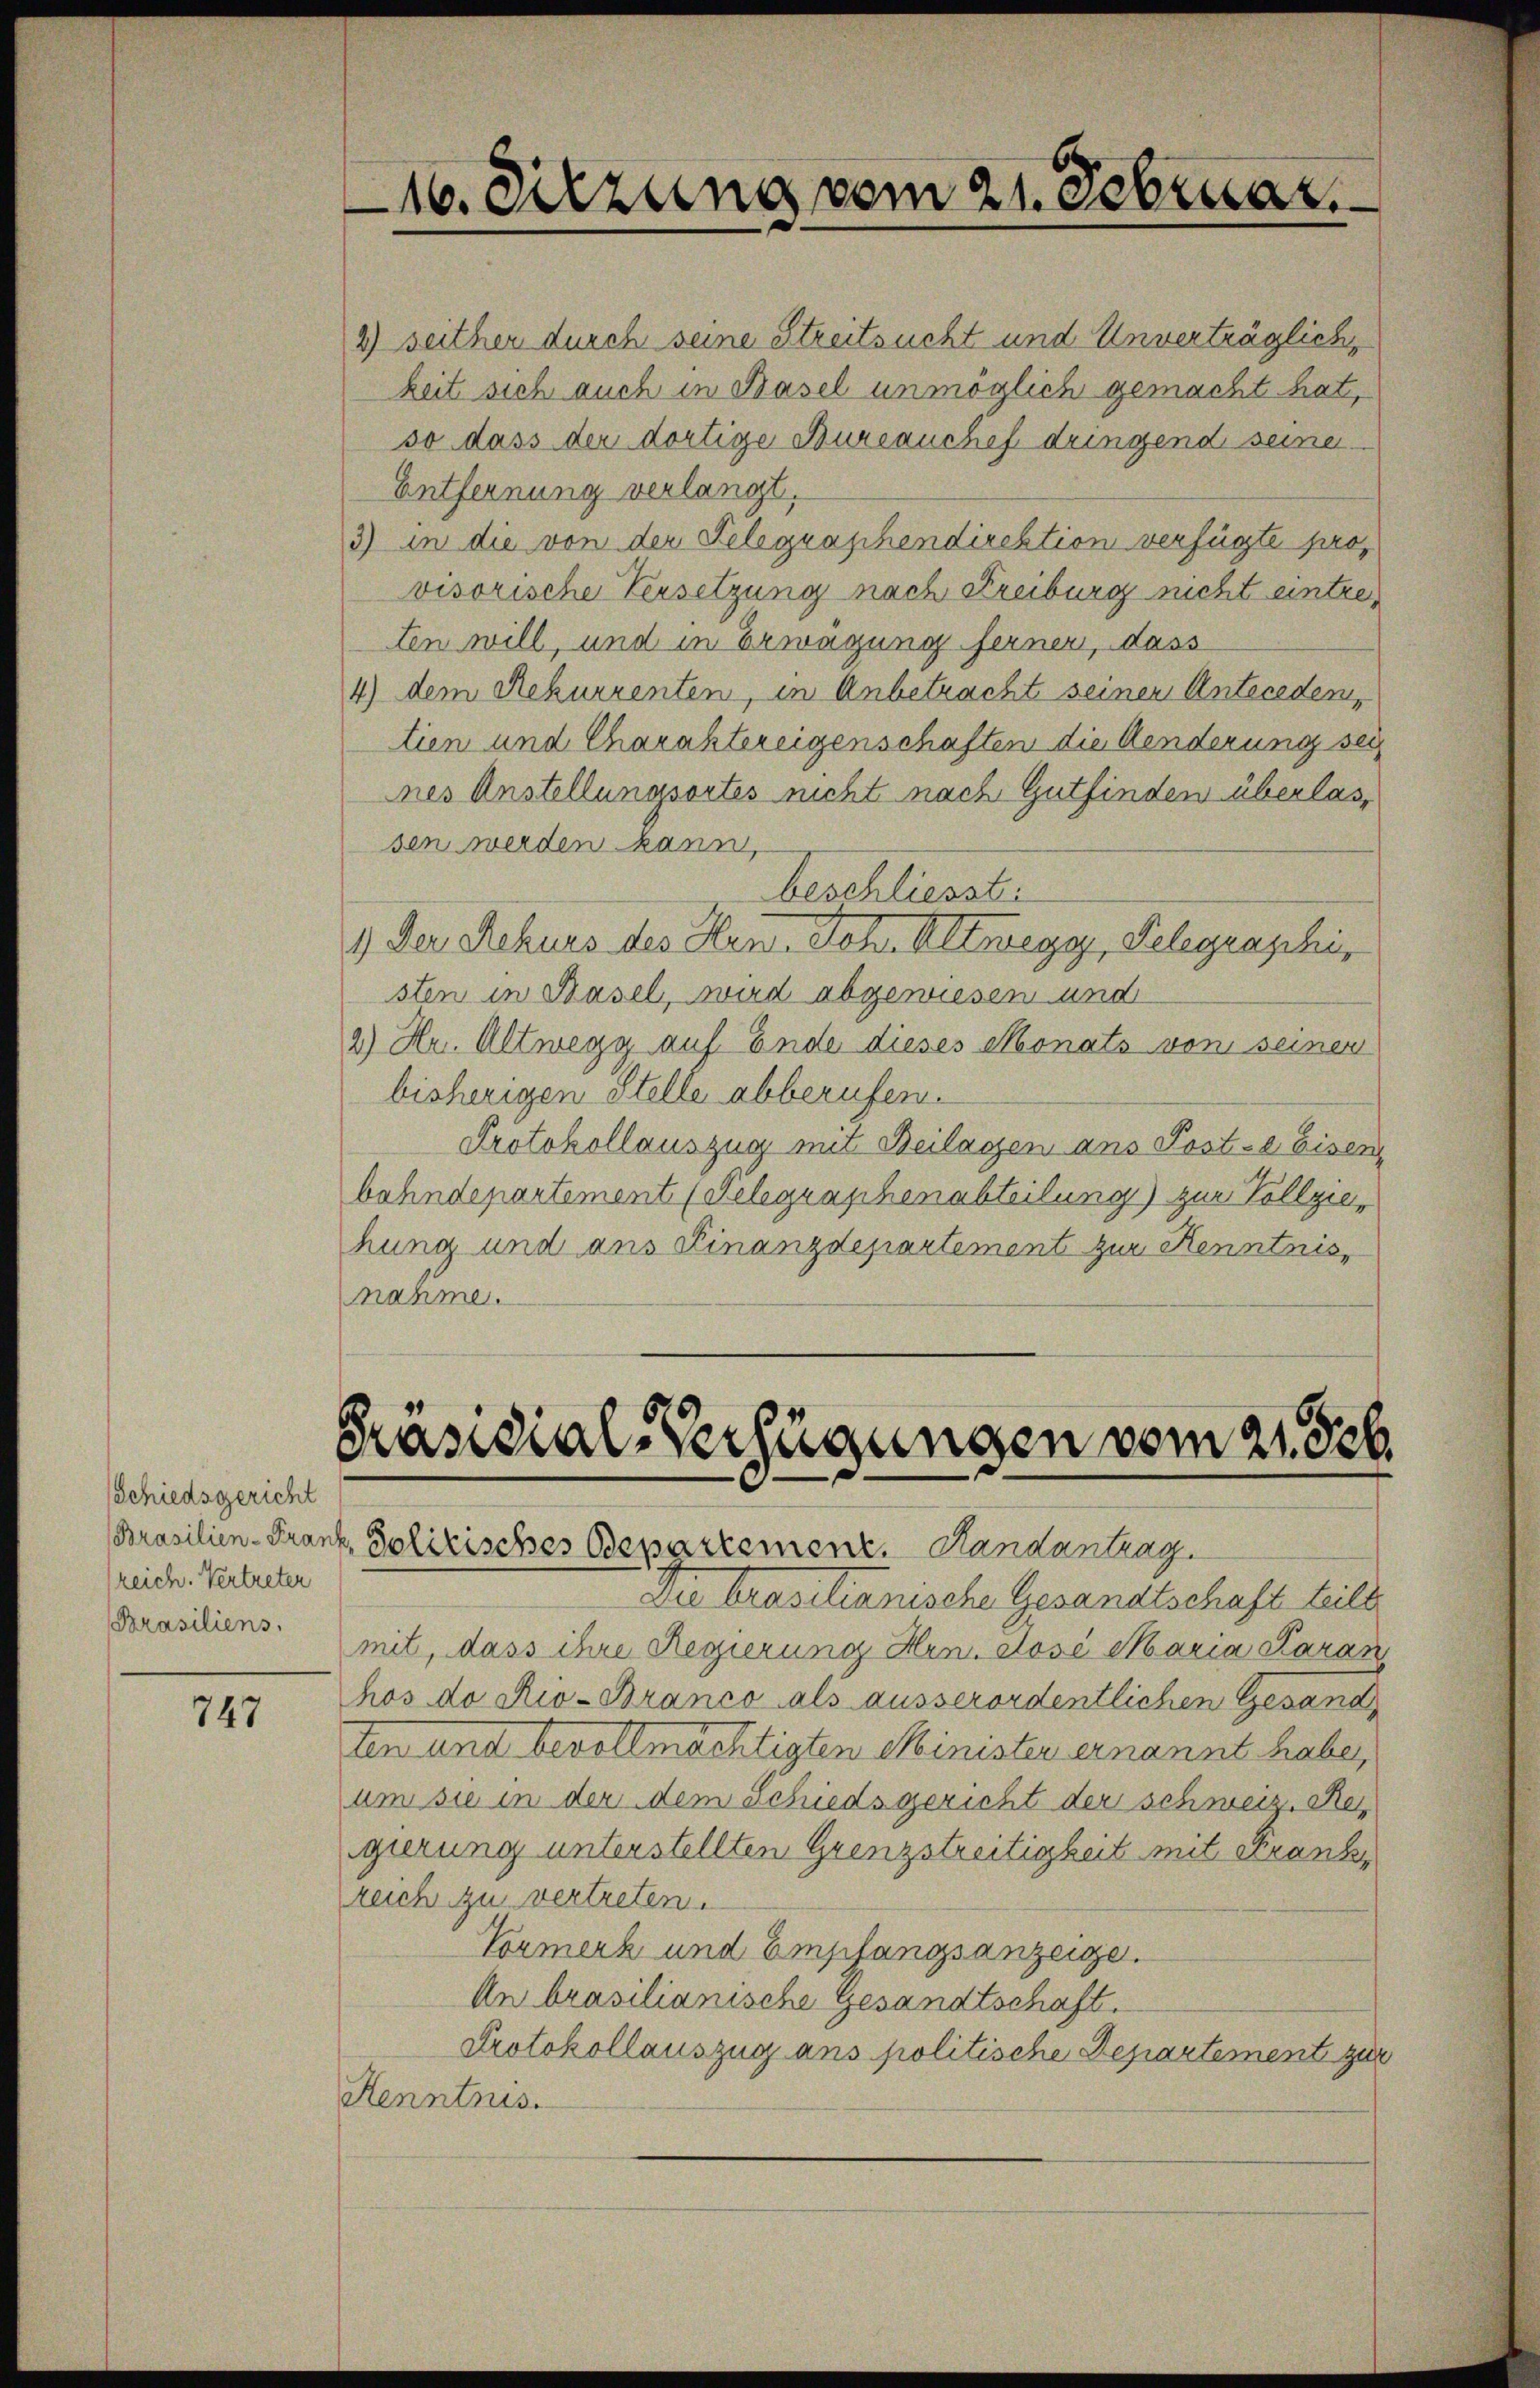
Schiedsgericht
(reich. Vertreten
Prasiliens.

747

2) seither durch seine Streitsucht und Unverträglich,
keit sich auch in Basel unmöglich gemacht hat,
so dass der dortige Bureauchef dringend seiner
Entfernung verlangt.
3) in die von der Telegraschendirektion verfügte pro
visorische Versetzung nach Freiburg nicht eintreten will, und in Erwägung ferner, dass
4) dem Rekurrenten, in Anbetracht seinen Anteceden,
tien und Charaktereigenschaften die Aenderung sei
nes Anstellungsortes nicht nach Gutfinden überlassen werden kann,
beschliesst:
1.) Der Rekurs des Hrn. Joh. Altwegg, Telegraphis
sten in Basel, wird abgewiesen und
2) Hr. Altwegg auf Ende dieses Monats von seinen
bisherigen Stelle abberufen.
Protokollauszug mit Beilassen ans Post-e Eisen,
bahndepartement (Gelegraphenabteilung) zur Vollziehung und aus Finanzdepartement zur Kenntnisnahme.

16. Sitzung vom 21. Februar.

Präsidial-Verfügungen vom 21. 326.
Brasilien-Frank, Solitisches Departement. Handantrag

Die brasilianische Gesandtschaft teilt.
mit, dass ihre Regierung Hrn. Dose Maria Aarau
hos do Rio-Branco als ausserordentlichen Gesand
ten und bevollmächtigten Minister ernannt habe,
um sie in der dem Schiedsgericht der schweiz. Re
gierung unterstellten Grenzstreitigkeit mit einanz-
reich zu vertreten.
Vormerk und Empfangsanzeige.
An brasilianische Gesandtschaft.
Protokollauszug ans politische Departement zur
Henntnis.